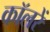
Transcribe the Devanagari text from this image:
कॉलरें